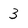
Character: 3